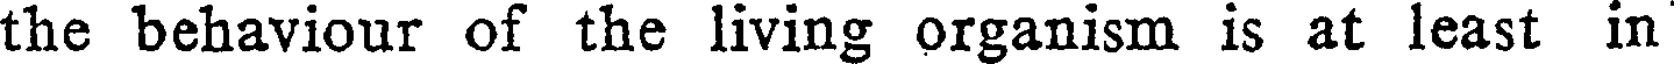
the behaviour of the living organism is at least in